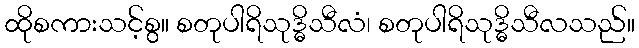
ထိုစကားသင့်စွ။ စတုပါရိသုဒ္ဓိသီလံ၊ စတုပါရိသုဒ္ဓိသီလသည်။